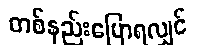
တစ်နည်းပြောရလျှင်